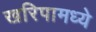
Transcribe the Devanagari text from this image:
खरिपामध्ये